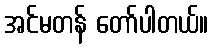
အင်မတန် တော်ပါတယ်။